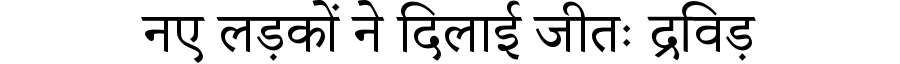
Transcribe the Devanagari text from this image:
नए लड़कों ने दिलाई जीतः द्रविड़